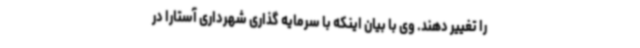
را تغییر دهند. وی با بیان اینکه با سرمایه گذاری شهرداری آستارا در